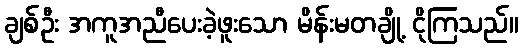
ချစ်ဦး အကူအညီပေးခဲ့ဖူးသော မိန်းမတချို့ ငိုကြသည်။